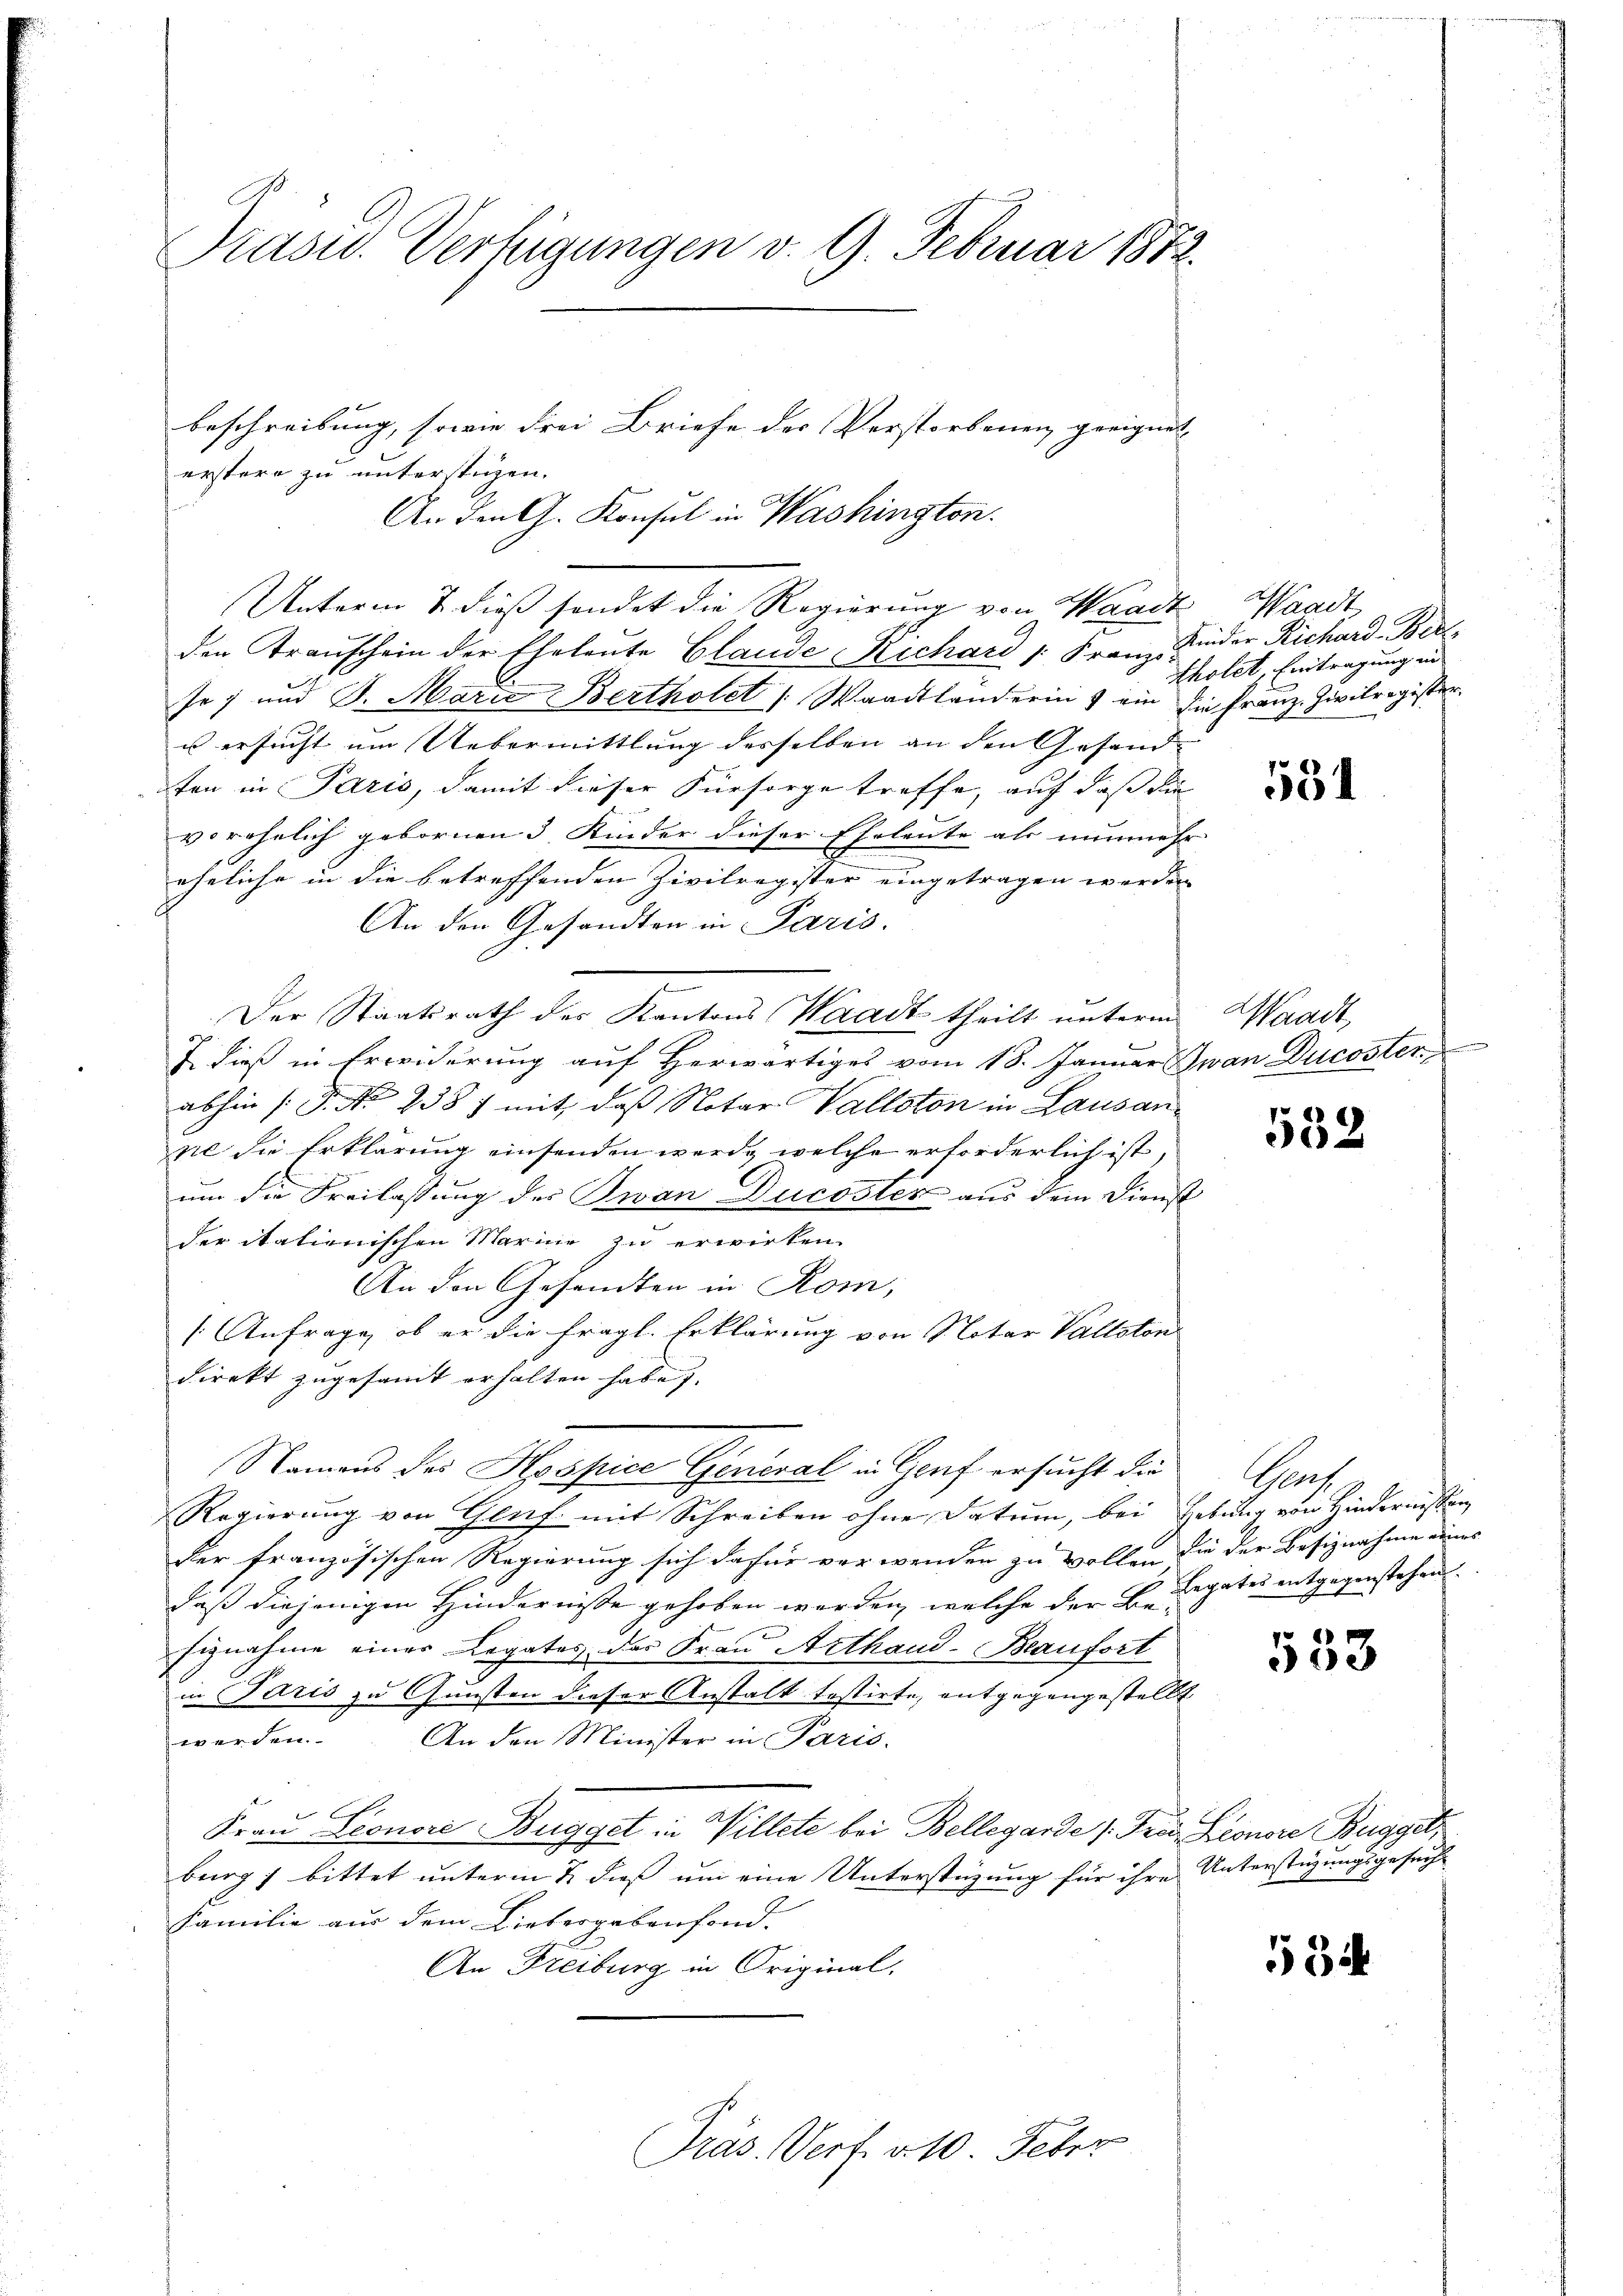
Präser Verfügungen v. 9. Februar 1812.

beschreibung, sowie drei Briefe der Verstorbenen geeignet,
erstere zu unterstigen.
An den G. Konsul in Washington.
Unterm 7. dieß sendet die Regierung von Waadt, Waadt
den Transchein der Eheleute Claude Richard /: Franz Kinder Richard Ber
Je 7 und S. Marie Bertholet (Waadtländerin & ein die Franz Zivilregister.
u ersucht um Uebermittlung desselben an den Gesandton in Paris, damit dieser Fürsorge treffe, auf daß die
vorehelich gebornen 5 Kinder dieser Eheleute als nunmehr
eheliche in die betreffenden Zivilregister eingetragen werden |
An den Gesandten in Paris.
2
Der Staatsrath des Kantons Waadt theilt unterm
7 dieß in Erwiderung auf Herwärtiges vom 18. Januar Jwan Ducoster
abhin (T. No 238 7 mit, daß Notar Valloton in Lausanne die Erklärung einsenden werde, welche erforderlich ist,
um die Freilassung der Iwan Ducoster aus dem Dienst
der itationischen Marine zu erwirken.
An den Gesandten in Rom,
[Anfrage, ob er die fragl. Erklärung von Notar Vollston
direkt zugesamt erhalten habe.
Namens des Hospice General in Genf ersucht die
Regierung von Genf mit Schreiben ohne Datum, bei Lebung von Hindernissen
der französischen Regierung sich dafür verwenden zu wollen die der Besiznahme eines
daß diejenigen Hindernisse gehoben werden, welche der B. Legates entgegenstehen.
Eignahme einer Legates des Frau Arthand-Beaufort
in Paris zu Gunsten dieser Anstalt testirte, entgegengestellt
werden. An den Minister in Paris.
Frau Leonore Bugget in Willete bei Bellegarde (Frei Leonore Buggetr
burg bittet unterm 7. dieß um eine Unterstüzung für ihre Unterstüzungsgesucht
Familie aus dem Liebergebenfond.
An Freiburg in Original,

Präs. Verf. 210. Febr

tholet, Eintragung in

531

Waadt,

532

Graf

533

534